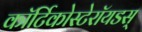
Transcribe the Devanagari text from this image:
कॉर्टिकोस्टेरॉयडस्